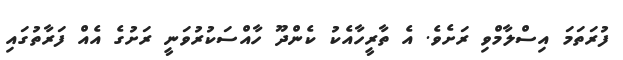
ފުރަތަމަ އިސްލާމްވި ރަށެވެ. އެ ތާރީހާއެކު ކެންދޫ ހާއްސަކުރުވަނީ ރަށުގެ އެއް ފަރާތުގައި